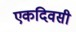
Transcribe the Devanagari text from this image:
एकदिवसी